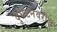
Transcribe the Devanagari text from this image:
दुर्घटनेवरील